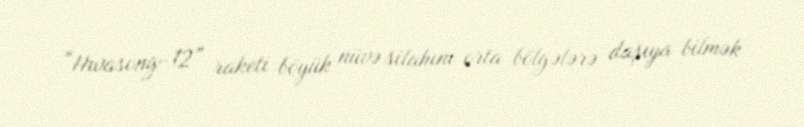
“Hwasong-12” raketi böyük nüvə silahını orta bölgələrə daşıya bilmək